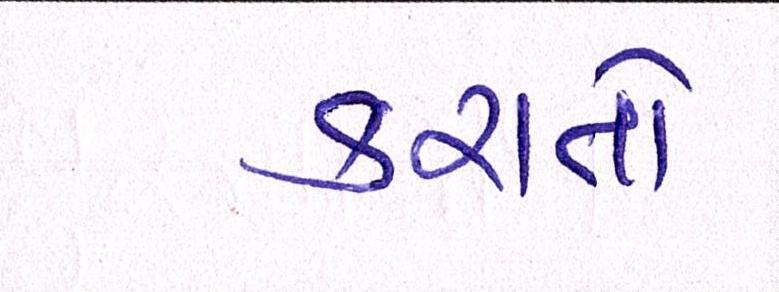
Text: કરાતો